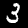
Label: 3